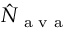
\hat { N } _ { \textrm { a v a } }